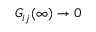
G _ { i j } ( \infty ) \rightarrow 0